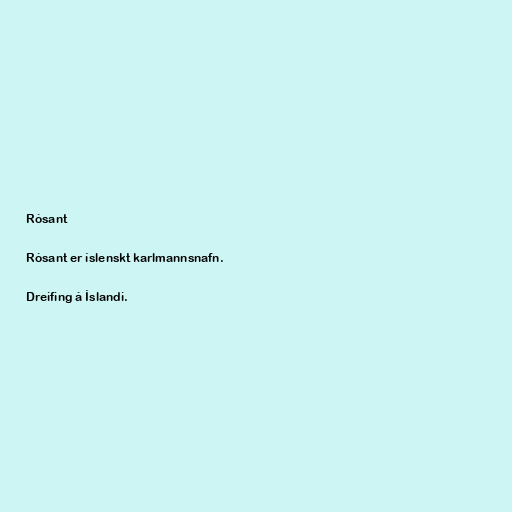
Rósant

Rósant er íslenskt karlmannsnafn.

Dreifing á Íslandi.